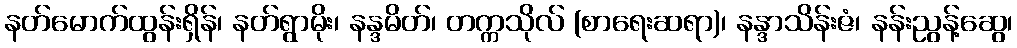
နတ်မောက်ထွန်းရှိန်၊ နတ်ရွာမိုး၊ နန္ဒမိတ်၊ တက္ကသိုလ် (စာရေးဆရာ)၊ နန္ဒာသိန်းဇံ၊ နန်းညွန့်ဆွေ၊